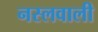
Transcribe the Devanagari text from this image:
नस्लवाली